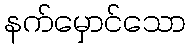
နက်မှောင်သော